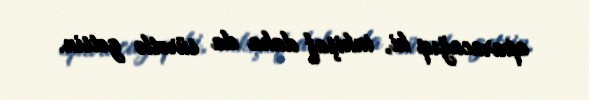
aparacağıq ki, inkişaf daha da sürətlə getsin.